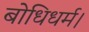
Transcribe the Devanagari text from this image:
बोधिधर्म।